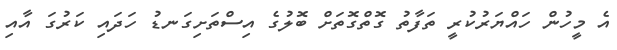
އެ މީހުން ހައްޔަރުކުރީ ތަފާތު ގޮތްގޮތަށް ބޮލުގެ އިސްތަށިގަނޑު ހަދައި ކަރުގަ އާއި